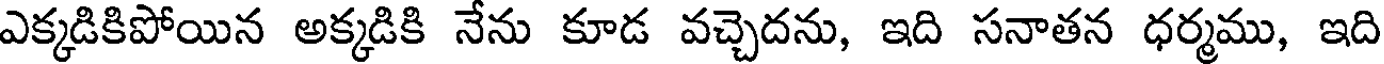
ఎక్కడికిపోయిన అక్కడికి నేను కూడ వచ్చెదను, ఇది సనాతన ధర్మము, ఇది